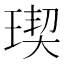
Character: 𤧃